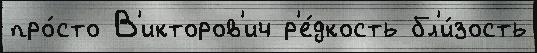
про́сто В'икторов'ич р'е́дкость бл'и́зость